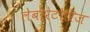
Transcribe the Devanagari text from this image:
लेबोरेटोरिज